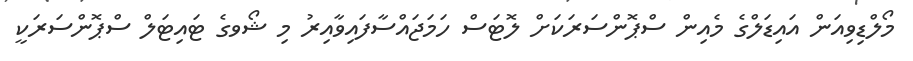
މޯލްޑިވިއަން އައިޑަލްގެ މެއިން ސްޕޮންސަރަކަށް ލޮޓަސް ހަމަޖައްސާފައިވާއިރު މި ޝޯވގެ ޓައިޓަލް ސްޕޮންސަރަކީ